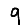
Digit: 9